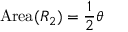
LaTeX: \mathrm { A r e a } ( R _ { 2 } ) = { \frac { 1 } { 2 } } \theta